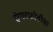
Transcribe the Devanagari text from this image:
ऐगरफोबीया